Civil Veterinary Dept. North-West Frontier Province 1901-22 - 1901-1922
Year: 1901
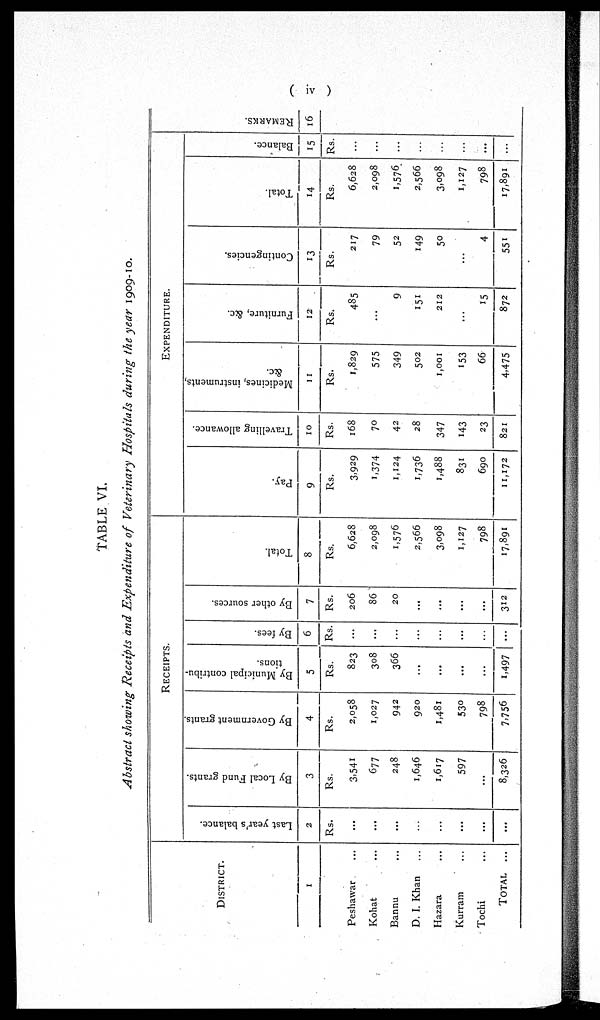
(iv)
TABLE VI.
Abstract showing Receipts and Expenditure of Veterinary Hospitals during the year 1909-10.
DISTRICT.
1
Peshawar ...
Kohat ...
Bannu ...
D. I. Khan
...
Hazara ...
Kurram ...
Tochi ...
TOTAL ...
RECEIPTS.
Last year's balance.
2
Rs.
...
...
...
...
...
...
...
...
By Local Fund grants.
3
Rs.
3,541
677
248
1,646
1,617
597
...
8,326
By Government grants.
4
Rs.
2,058
1,027
942
920
1,481
530
798
7,756
By Municipal contribu-
tions.
5
Rs.
823
308
366
...
...
...
...
1,497
By fees.
6
Rs.
...
...
...
...
...
...
...
...
By other sources.
7
Rs.
206
86
20
...
...
...
...
312
Total.
8
Rs.
6,628
2,098
1,576
2,566
3,098
1,127
798
17,891
EXPENDITURE.
Pay.
9
Rs.
3,929
1,374
1,124
1,736
1,488
831
690
11,172
Travelling allowance.
10
Rs.
168
70
42
28
347
143
23
821
Medicines, instruments,
&c.
11
Rs.
1,829
575
349
502
1,001
153
66
4,475
Furniture, &c.
12
Rs.
485
...
9
151
212
...
15
872
Contingencies.
13
Rs.
217
79
52
149
50
...
4
551
Total.
14
Rs.
6,628
2,098
1,576
2,566
3,098
1,127
798
17,891
Balance.
15
Rs.
...
...
...
...
...
...
...
...
REMARKS.
16